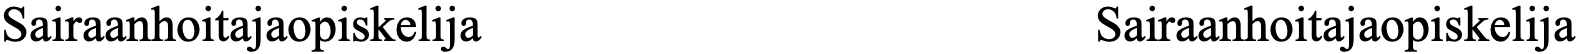
Sairaanhoitajaopiskelija            Sairaanhoitajaopiskelija